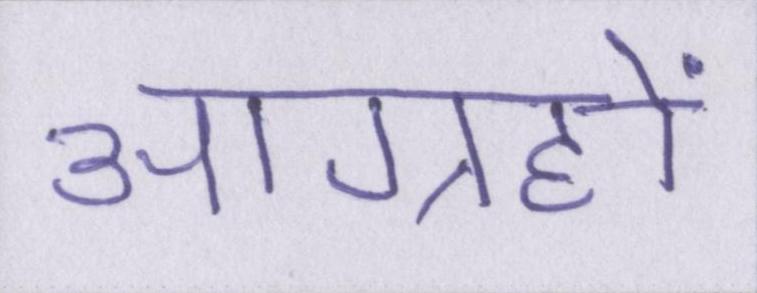
आग्रहों